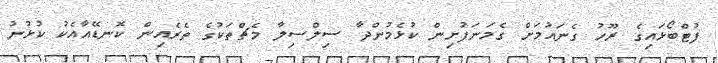
ފުޓްބޯޅައިގެ ރޫހު ގެނައުމަށް ގެމަނަފުށިން ކުޅެމުންދާ ސިލްސިލާ މެޗްތަކުގެ ތެރެއިން ކޮނޑޭއާއެކު ކުޅުނު